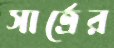
সার্ত্রের